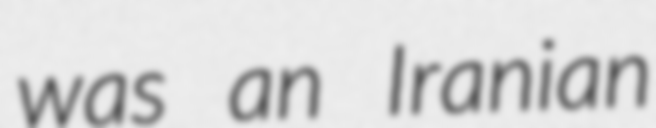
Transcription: was an Iranian